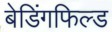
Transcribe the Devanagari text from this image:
बेडिंगफिल्ड